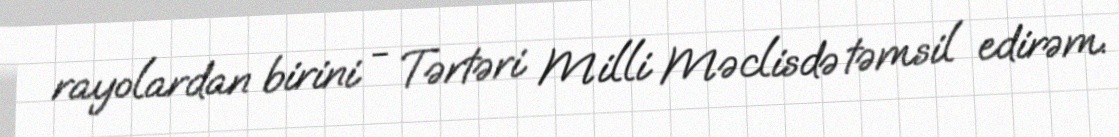
rayolardan birini - Tərtəri Milli Məclisdə təmsil edirəm.